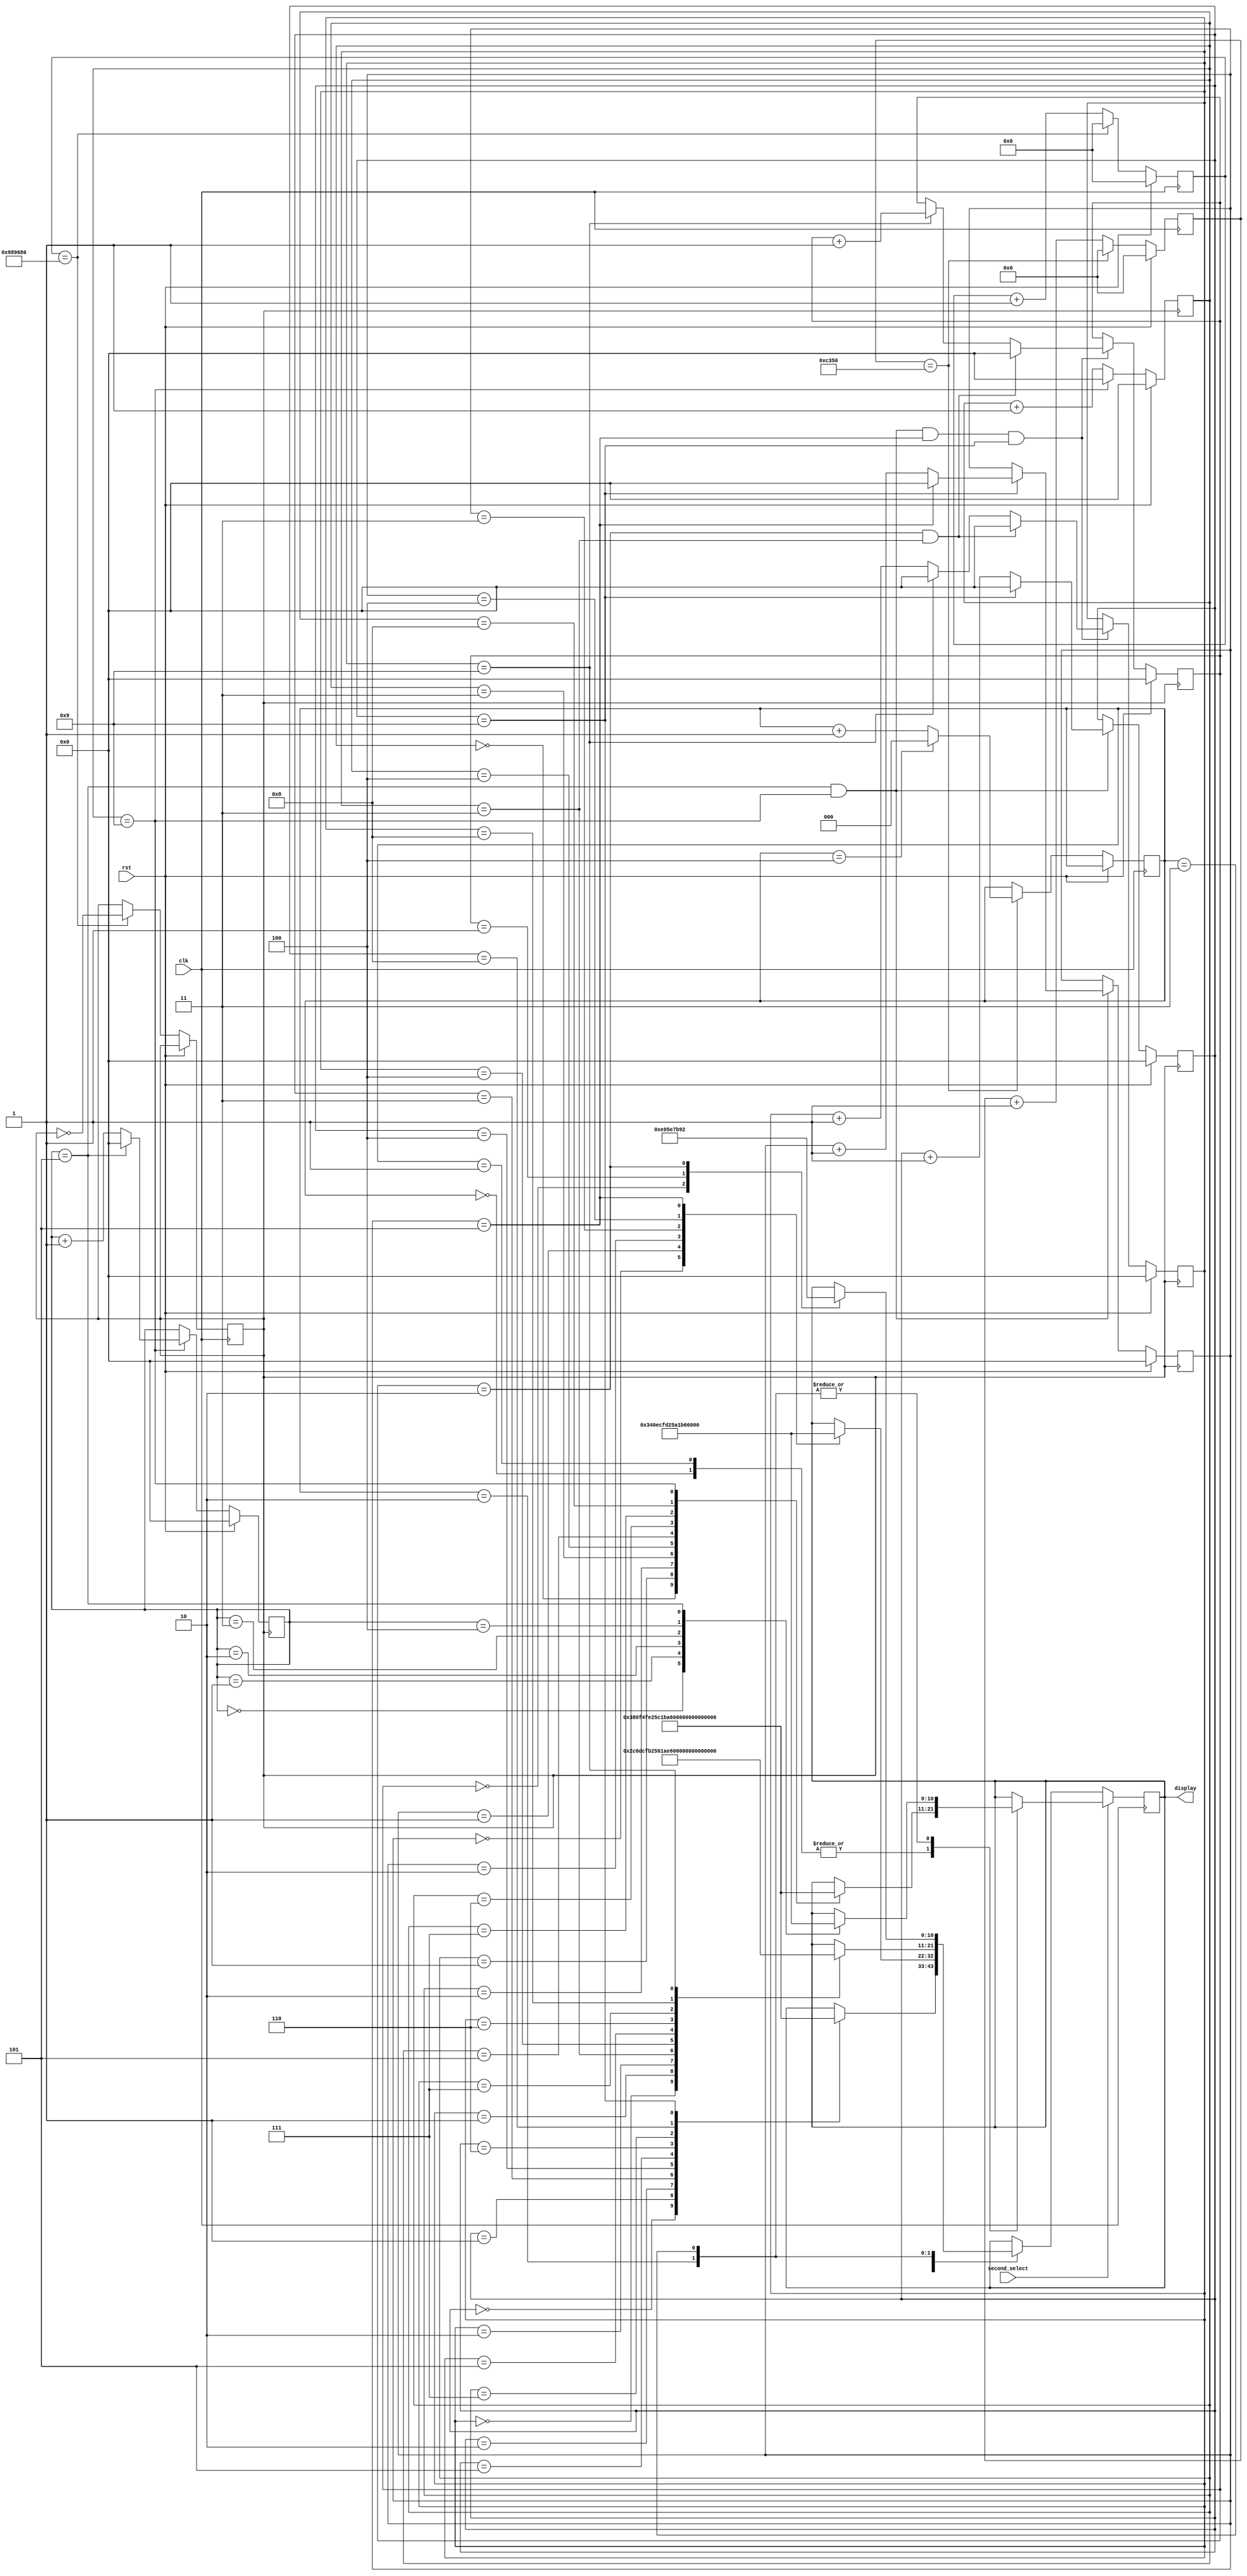
`timescale 1ps / 1ps
//////////////////////////////////////////////////////////////////////////////////
// Company: 
// Engineer: 
// 
// Design Name: 
// Module Name: clock
// Project Name: 
// Target Devices: 
// Tool Versions: 
// Description: 
// 
// Dependencies: 
// 
// Revision:
// Revision 0.01 - File Created
// Additional Comments:
// 
//////////////////////////////////////////////////////////////////////////////////


module clock(
    input clk,rst,second_select,
    output reg[10:0] display
    );
    reg[3:0] Hour_2,Hour_1,Minute_2,Minute_1,Second_2,Second_1;
    reg[26:0] count = 0;
    reg[15:0] count2 = 0;
    reg[2:0] sel = 0;
    parameter T = 10000000;
    parameter T2 = 50000;
    reg clk2 = 1'b0;
    //
    always @(posedge clk) begin
        if(rst)
            count<='b0;
        else if(count == T)
        begin
            clk2 <= ~clk2;
            count <= 0;
        end
        else count <= count + 'b1;
    end
    //Second_1 % 10
    always @(posedge clk2) begin
        //rst
        if(rst)
            Second_1 <= 4'b0000;
        //
        else if(Second_1==4'b1001)
            Second_1 <= 4'b0000;
        else
            Second_1 <= Second_1 + 4'b0001;
    end
    //Second_2 % 6
    always @(posedge clk2) begin
        //rst
        if(rst)
            Second_2 <= 4'b0000;
        //
        else if(Second_1==4'b1001)//Second_1
            begin
                if(Second_2 == 4'b0101)//Second_2==5
                    Second_2<=4'b0000;
                else
                    Second_2<=Second_2+4'b0001;
            end
    end
    //Minute_1 % 10
    always @(posedge clk2) begin
        if(rst)
            Minute_1 <= 4'b0000;
        else if(Second_2 == 4'b0101&&Second_1==4'b1001)
            begin
                if(Minute_1==4'b1001)
                    Minute_1 <= 4'b0000;
                else
                    Minute_1 <= Minute_1+4'b0001;
            end
    end
    //Minute_2 % 6
    always @(posedge clk2) begin
        if(rst)
            Minute_2 <= 4'b0000;
        else if(Second_2 == 4'b0101&&Second_1==4'b1001)
            begin
                if(Minute_1==4'b1001)
                begin
                    if(Minute_2==4'b0101)
                        Minute_2<=4'b0000;
                    else
                        Minute_2 <= Minute_2+4'b0001;
                end
            end
    end
    //Hour_1 % 10 4
    always @(posedge clk2) begin
        if(rst)
            Hour_1 <= 4'b0000;
        else if(Second_2 == 4'b0101&&Second_1==4'b1001&&Minute_2==4'b0101&&Minute_1==4'b1001)
            begin
                if(Hour_2==4'b0010&&Hour_1==4'b0011)//23:59:59
                    Hour_1 <= 4'b0000;
                else if(Hour_1 == 4'b1001)
                    Hour_1 <= 4'b0000;
                else
                    Hour_1 <= Hour_1 + 4'b0001;
            end
    end
    //Hour_2 % 3
    always @(posedge clk2) begin
        if(rst)
            Hour_2 <= 4'b0000;
        else if(Second_2 == 4'b0101&&Second_1==4'b1001&&Minute_2==4'b0101&&Minute_1==4'b1001)
            begin
                if(Hour_2==4'b0010&&Hour_1==4'b0011)//23:59:59
                    Hour_2 <= 4'b0000;
                else if(Hour_1 == 4'b1001)
                    Hour_2 <= Hour_2+4'b0001;
            end
    end
    //
    always @(posedge clk) begin
        if(rst)
            count2<='b0;
        else if(count2==T2)
            begin
                count2<=0;
                sel<=sel+1;
                if(sel==4)
                    sel<=0;
            end        
        else
            count2 <=count2+1;
    end
    always @(posedge clk) begin
        //
        if(second_select)
            begin
                case(sel)
                //Second_1 0~9
                0,1: begin
                    case(Second_1)
                        4'b0000:display = 11'b1110_0000001;
                        4'b0001:display = 11'b1110_1001111;
                        4'b0010:display = 11'b1110_0010010;
                        4'b0011:display = 11'b1110_0000110;
                        4'b0100:display = 11'b1110_1001100;
                        4'b0101:display = 11'b1110_0100100;
                        4'b0110:display = 11'b1110_0100000;
                        4'b0111:display = 11'b1110_0001111;
                        4'b1000:display = 11'b1110_0000000;
                        4'b1001:display = 11'b1110_0000100;
                    endcase
                end
                //Second_2 0~5
                2,3:begin
                    case(Second_2)
                        4'b0000:display = 11'b1101_0000001;
                        4'b0001:display = 11'b1101_1001111;
                        4'b0010:display = 11'b1101_0010010;
                        4'b0011:display = 11'b1101_0000110;
                        4'b0100:display = 11'b1101_1001100;
                        4'b0101:display = 11'b1101_0100100;
                    endcase
                end
                endcase
            end
        //
        else
            begin
                case(sel)
                //Minute_1 0~9
                0:begin
                    case(Minute_1)
                        4'b0000:display = 11'b1110_0000001;
                        4'b0001:display = 11'b1110_1001111;
                        4'b0010:display = 11'b1110_0010010;
                        4'b0011:display = 11'b1110_0000110;
                        4'b0100:display = 11'b1110_1001100;
                        4'b0101:display = 11'b1110_0100100;
                        4'b0110:display = 11'b1110_0100000;
                        4'b0111:display = 11'b1110_0001111;
                        4'b1000:display = 11'b1110_0000000;
                        4'b1001:display = 11'b1110_0000100;
                    endcase
                end
                //Minute_2 0~5
                1:begin
                    case(Minute_2)
                        4'b0000:display = 11'b1101_0000001;
                        4'b0001:display = 11'b1101_1001111;
                        4'b0010:display = 11'b1101_0010010;
                        4'b0011:display = 11'b1101_0000110;
                        4'b0100:display = 11'b1101_1001100;
                        4'b0101:display = 11'b1101_0100100;
                    endcase
                end
                //Hour_1 0~9
                2:begin
                    case(Hour_1)
                        4'b0000:display = 11'b1011_0000001;
                        4'b0001:display = 11'b1011_1001111;
                        4'b0010:display = 11'b1011_0010010;
                        4'b0011:display = 11'b1011_0000110;
                        4'b0100:display = 11'b1011_1001100;
                        4'b0101:display = 11'b1011_0100100;
                        4'b0110:display = 11'b1011_0100000;
                        4'b0111:display = 11'b1011_0001111;
                        4'b1000:display = 11'b1011_0000000;
                        4'b1001:display = 11'b1011_0000100;
                    endcase
                end
                //Hour_2
                3:begin
                    case(Hour_2)
                        4'b0000:display = 11'b0111_0000001;
                        4'b0001:display = 11'b0111_1001111;
                        4'b0010:display = 11'b0111_0010010;
                    endcase
                end
                endcase
            end
    end
endmodule